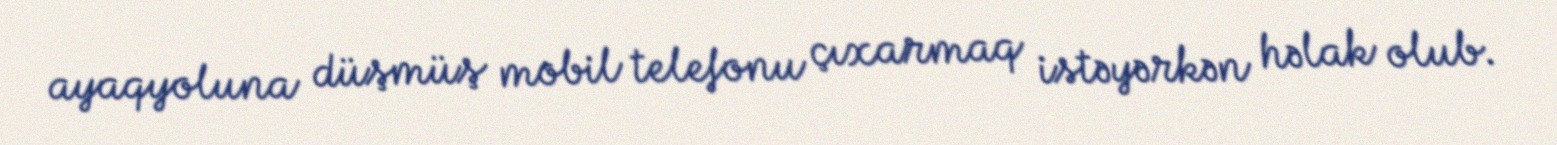
ayaqyoluna düşmüş mobil telefonu çıxarmaq istəyərkən həlak olub.